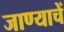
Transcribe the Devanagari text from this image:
जाण्याचें